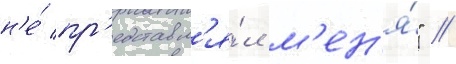
н'е́ пр'едставл'я́л м'ен'я́" //